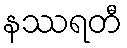
နဿရတီ